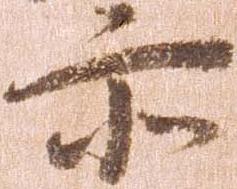
亦